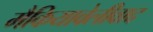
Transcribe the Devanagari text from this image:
मैकियावेलीवाद